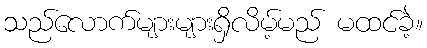
သည်လောက်များများရှိလိမ့်မည် မထင်ခဲ့။